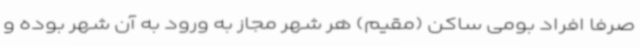
صرفاً افراد بومی ساکن (مقیم) هر شهر مجاز به ورود به آن شهر بوده و